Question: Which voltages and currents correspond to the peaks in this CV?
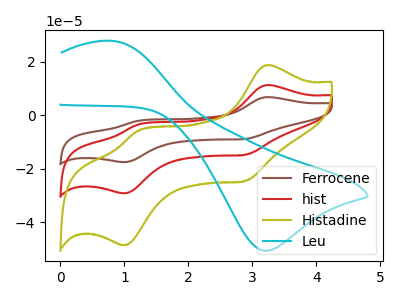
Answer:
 <answer>The brown curve "Ferrocene" has anodic peaks at (3.25V, 22.55uA) (1.20V, -7.00uA) and cathodic peaks at (2.90V, -29.60uA) (1.00V, -58.40uA). The red curve "hist" has anodic peaks at (3.25V, 11.30uA) (1.20V, -3.50uA) and cathodic peaks at (2.90V, -14.80uA) (1.00V, -29.20uA). The olive curve "Histadine" has anodic peaks at (3.25V, 18.75uA) (1.20V, -5.80uA) and cathodic peaks at (2.90V, -24.65uA) (1.00V, -48.60uA). The cyan curve "Leu" has an anodic peak at (0.80V, 27.75uA) and a cathodic peak at (3.25V, -50.65uA).</answer>
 <eval></eval>